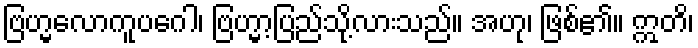
ဗြဟ္မလောကူပဂေါ၊ ဗြဟ္မာ့ပြည်သို့လားသည်။ အဟု၊ ဖြစ်၏။ ဣတိ၊